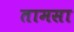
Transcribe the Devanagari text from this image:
तामसा